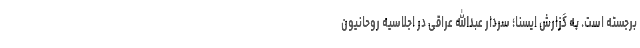
برجسته است. به گزارش ایسنا؛ سردار عبدالله عراقی در اجلاسیه روحانیون